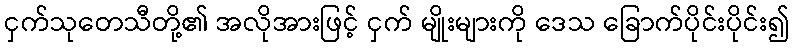
ငှက်သုတေသီတို့၏ အလိုအားဖြင့် ငှက် မျိုးများကို ဒေသ ခြောက်ပိုင်းပိုင်း၍